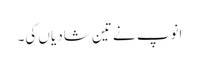
انوپ نے تین شادیاں کی۔